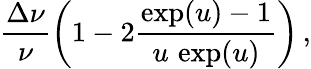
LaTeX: \frac{\Delta\nu}{\nu}\left(1-2\frac{\exp(u)-1}{u\, \exp(u)}\right)\, ,